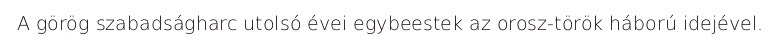
A görög szabadságharc utolsó évei egybeestek az orosz-török háború idejével.